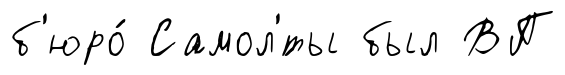
б'юро́ Самол'́ты был ВП